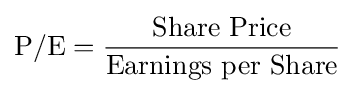
{\text{P/E}}={\frac {\text{Share Price}}{\text{Earnings per Share}}}